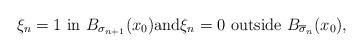
LaTeX: \begin{align*}\xi_{n} = 1\ \mbox{in} \ B_{\sigma_{n + 1}}(x_{0}) \mbox{and} \xi_{n} = 0 \ \mbox{outside} \ B_{\overline{\sigma}_{n}}(x_{0}),\end{align*}